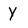
Character: y